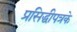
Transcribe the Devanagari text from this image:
प्रसिद्धीपत्रके